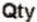
QTY